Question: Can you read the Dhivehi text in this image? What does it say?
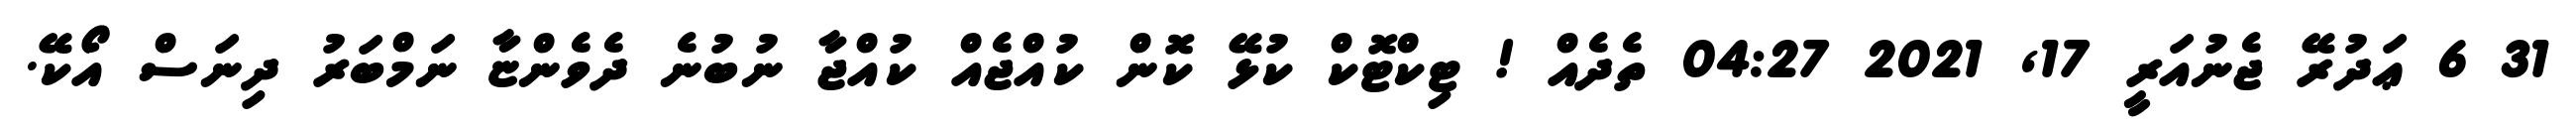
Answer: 31 6 ޢަދުރޭ ޖެނުއަރީ 17, 2021 04:27 ތެދެއް ! ޓިކްޓޮކް ކުޅޭ ކޮން ކުއްޖެއް ކުއްޖާ ނުބުނެ ދެވެންޏާ ނަމްބަރު ދިނަސް އޯކޭ.